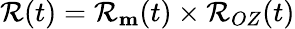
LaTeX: \mathcal{R}(t)=\mathcal{R}_{\mathbf{m}}(t)\times\mathcal{R}_{OZ}(t)